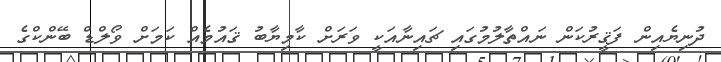
ދުނިޔެއިން ފަޤީރުކަން ނައްތާލުމުގައި ޗައިނާއަކީ ވަރަށް ކާމިޔާބު ޤައުމެއް ކަމަށް ވޯލްޑް ބޭންކްގެ